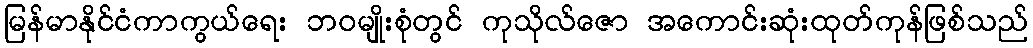
မြန်မာနိုင်ငံကာကွယ်ရေး ဘဝမျိုးစုံတွင် ကုသိုလ်ဇော အကောင်းဆုံးထုတ်ကုန်ဖြစ်သည်